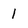
Character: 1